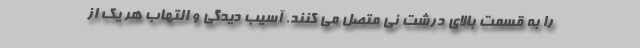
را به قسمت بالای درشت نی متصل می کنند. آسیب دیدگی و التهاب هر یک از